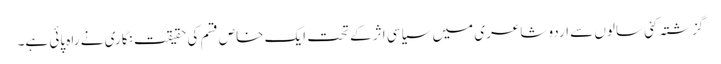
گزشتہ کئی سالوں سے اردو شاعری میں سیاسی اثر کے تحت ایک خاص قسم کی حقیقت نگاری نے راہ پائی ہے۔